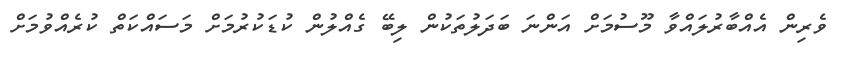
ވެރިން އެއްބާރުލައްވާ މޫސުމަށް އަންނަ ބަދަލުތަކުން ލިބޭ ގެއްލުން ކުޑަކުރުމަށް މަސައްކަތް ކުރެއްވުމަށް